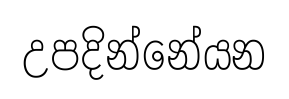
උපදින්නේයන